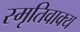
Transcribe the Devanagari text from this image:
स्मृतिवाक्य